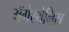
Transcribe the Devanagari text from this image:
मॅगेस्थेनिस